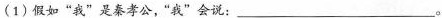
(1)假如”我”是秦孝公。”我”会说：___